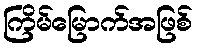
ကြိမ်မြောက်အဖြစ်